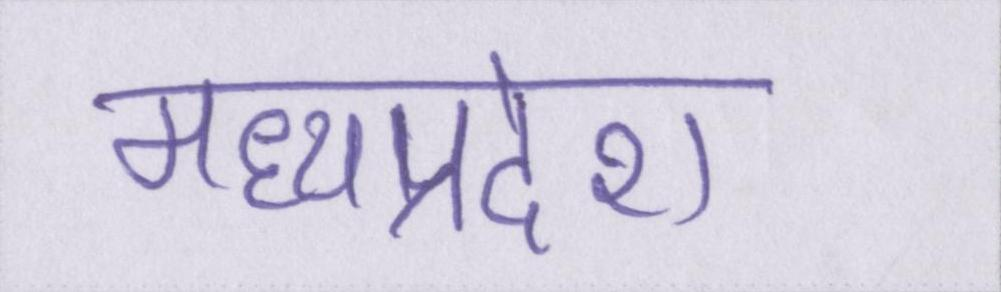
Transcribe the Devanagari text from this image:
मध्यप्रदेश